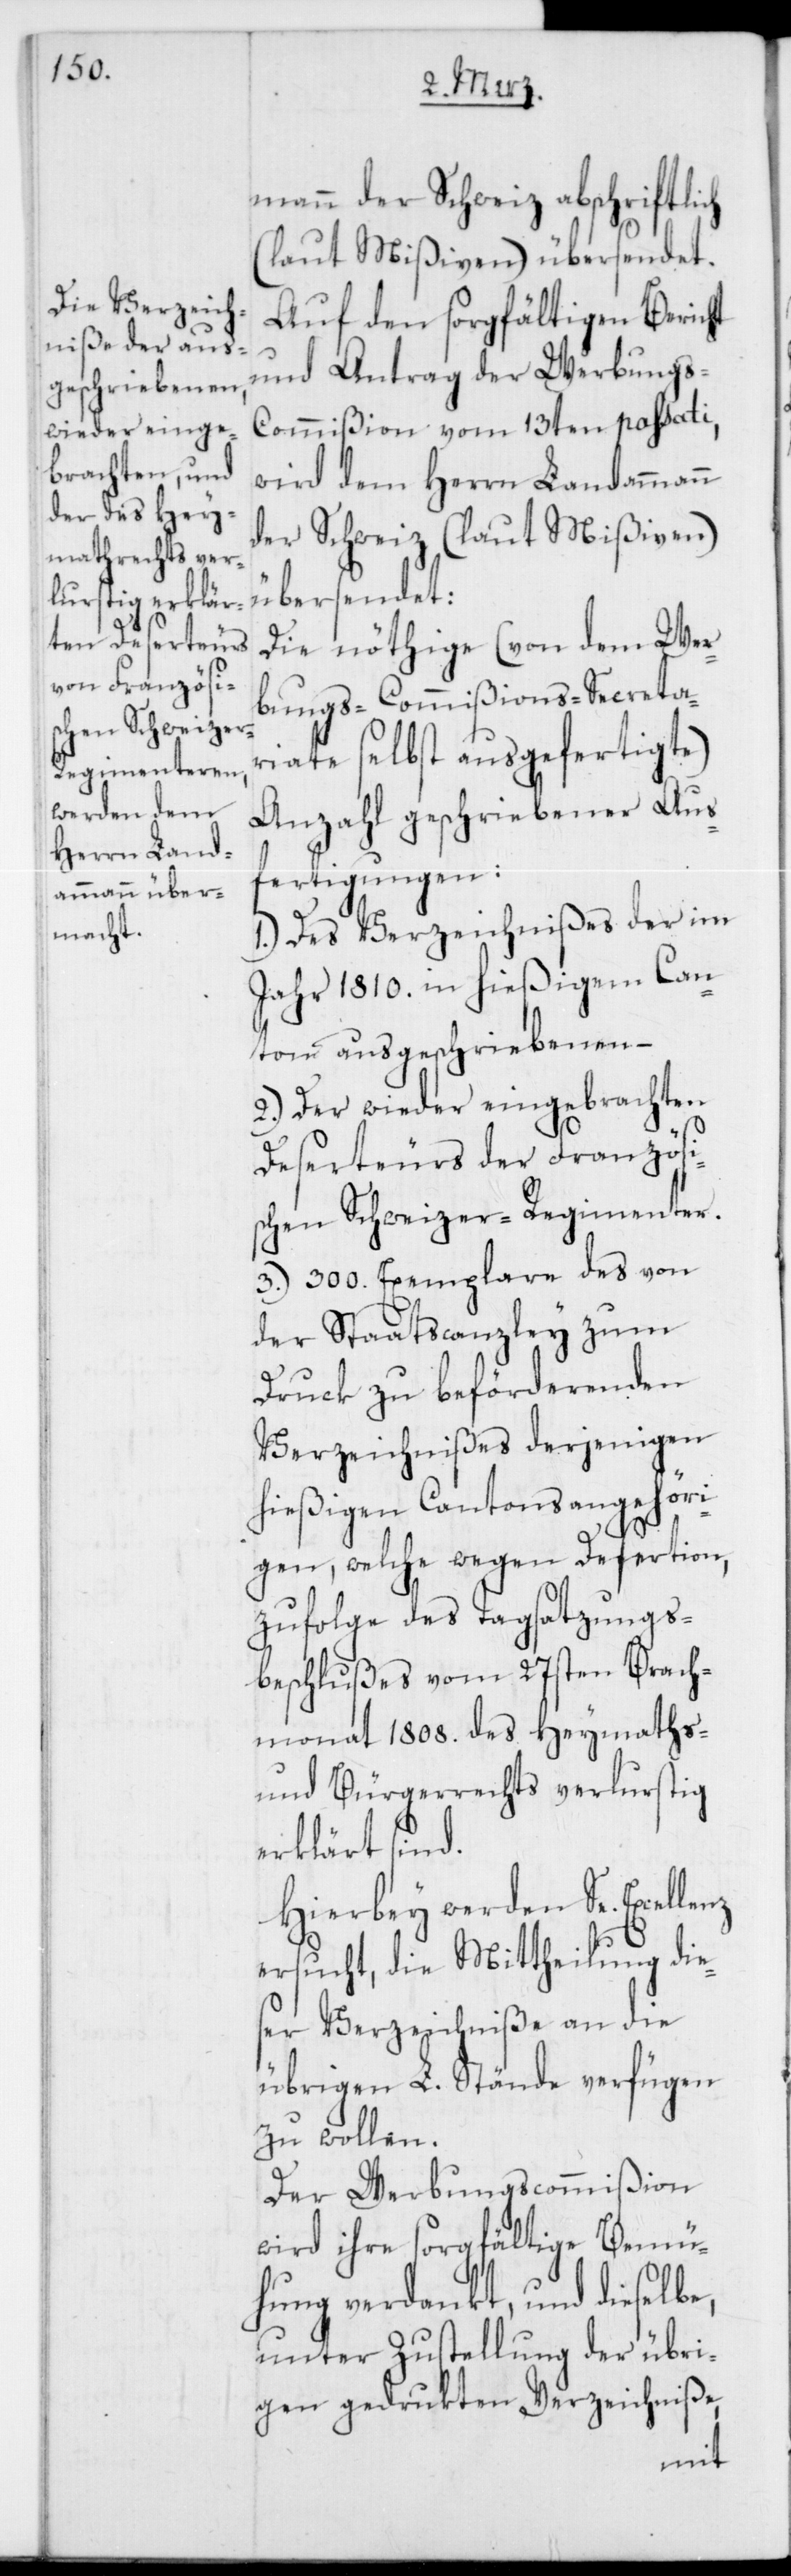
mann der Schweiz abschriftlich
(laut Mißiven) übersendet.
Auf den sorgfältigen Bericht
und Antrag der Werbung¬
s-Commißion vom 13ten passati,
wird dem Herrn Landammann
der Schweiz (laut Mißiven)
übersendet:
Die nöthige (von dem Wer¬
bungs-Commißions-Secreta¬
riate selbst ausgefertigte)
Anzahl geschriebener Aus¬
fertigungen:
1.) Des Verzeichnißes der im
Jahr 1810. in hießigem Can¬
ton ausgeschriebenen –
2.) Der wieder eingebrachten
Deserteurs der Französi¬
schen Schweizer-Regimenter.
3.) 300. Exemplare des von
der Staatscanzley zum
Druck zu beförderenden
Verzeichnißes derjenigen
hießigen Cantonsangehöri¬
gen, welche wegen Desertion,
zufolge des Tagsatzungs¬
beschlußes vom 27sten Brach¬
monat 1808. des Heymaths-
und Bürgerrechts verlustig
erklärt sind.
Hierbey werden Se. Execel¬
ersucht, die Mittheilung die¬
ser Verzeichniße an die
übrigen L. Stände verfügen
zu wollen.
Der Werbungscommißion
wird ihre sorgfältige Bemü¬
hung verdankt, und dieselbe,
unter Zustellung der übri¬
gen gedrukten Verzeichniße,
lenz